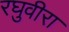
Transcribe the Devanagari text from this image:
रघुवीरा